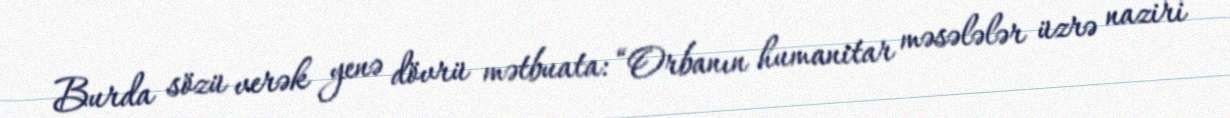
Burda sözü verək yenə dövrü mətbuata: “Orbanın humanitar məsələlər üzrə naziri